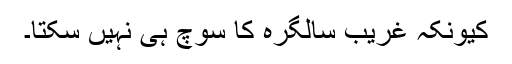
کیونکہ غریب سالگرہ کا سوچ ہی نہیں سکتا۔